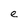
Character: e